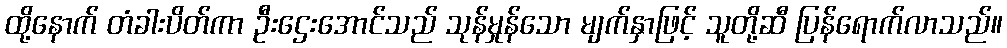
ထို့နောက် တံခါးပိတ်ကာ ဦးဌေးအောင်သည် သုန်မှုန်သော မျက်နှာဖြင့် သူတို့ဆီ ပြန်ရောက်လာသည်။